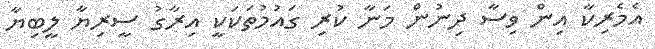
އެމެރިކާ އިން ވިސާ ދިނުން މަނާ ކުރި ގައުމުތަކަކީ އިރާގު ސީރިޔާ ލީބިޔާ